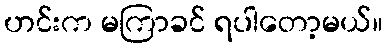
ဟင်းက မကြာခင် ရပါတော့မယ်။